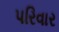
પરિવાર